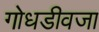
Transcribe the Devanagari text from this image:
गोधडीवजा